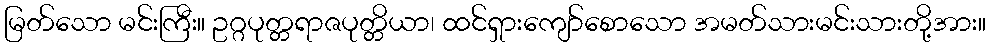
မြတ်သော မင်းကြီး။ ဥဂ္ဂပုတ္တရာဇပုတ္တိယာ၊ ထင်ရှားကျော်စောသော အမတ်သားမင်းသားတို့အား။